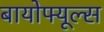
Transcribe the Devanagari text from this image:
बायोफ्यूल्स